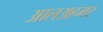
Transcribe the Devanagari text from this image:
आलअहमर